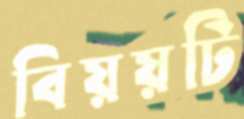
বিয়য়টি